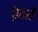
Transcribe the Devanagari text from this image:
डिलारी